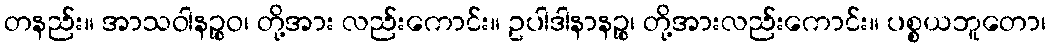
တနည်း။ အာသဝါနဉ္စဝ၊ တို့အား လည်းကောင်း။ ဥပါဒါနာနဉ္စ၊ တို့အားလည်းကောင်း။ ပစ္စယဘူတော၊